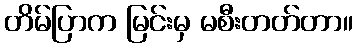
တိမ်ပြာက မြင်းမှ မစီးတတ်တာ။